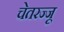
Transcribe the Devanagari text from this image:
चेतरज्जू